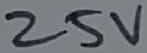
Text: 25V